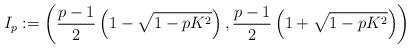
LaTeX: \begin{align*} I_p:=\left(\frac{p-1}{2}\left(1-\sqrt{1-pK^2}\right), \frac{p-1}{2}\left(1+\sqrt{1-pK^2}\right)\right)\end{align*}